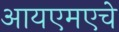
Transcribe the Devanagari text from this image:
आयएमएचे